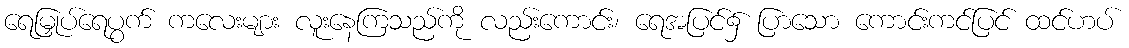
ရေမြှုပ်ရေပွက် ကလေးများ လူးနေကြသည်ကို လည်းကောင်း၊ ရေအပြင်၌ ပြာသော ကောင်းကင်ပြင် ထင်ဟပ်